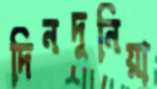
দিনদুনিয়া